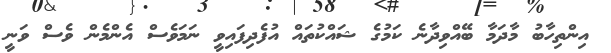
އިންތިހާބު މާދަމާ ބޭއްވިދާނެ ކަމުގެ ޝައްކުތައް އުފެދިފައިވީ ނަމަވެސް އެންމެން ވެސް ވަނީ